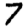
Digit: 7